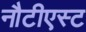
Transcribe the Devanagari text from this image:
नौटीएस्ट